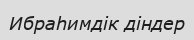
Ибраһимдік діндер